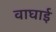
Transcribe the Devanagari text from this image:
वाघाई